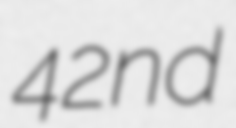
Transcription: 42nd